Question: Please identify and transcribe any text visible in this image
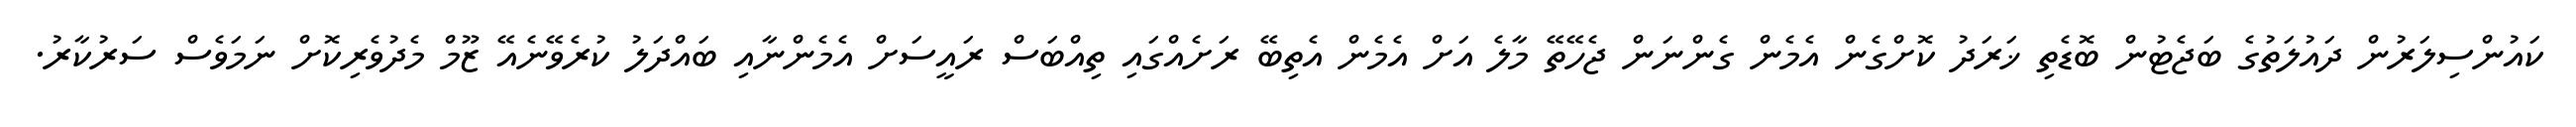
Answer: ކައުންސިލަރުން ދައުލަތުގެ ބަޖެޓުން ބޮޑެތި ޚަރަދު ކޮށްގެން އެމެން ގެންނަން ޖެހޭތޭ މާލެ އަށް އެމެން އެތިބޭ ރަށެއްގައި ތިއްބަސް ރައީސަށް އެމެންނާއި ބައްދަލު ކުރެވޭނެއޭ ޒޫމް މެދުވެރިކޮށް ނަމަވެސް ސަރުކާރު.